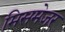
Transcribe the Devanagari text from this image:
मिसमेजर